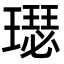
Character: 璱